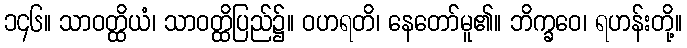
၁၄၆။ သာဝတ္ထိယံ၊ သာဝတ္ထိပြည်၌။ ဝဟရတိ၊ နေတော်မူ၏။ ဘိက္ခဝေ၊ ရဟန်းတို့။